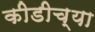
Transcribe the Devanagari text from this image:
कीडीच्या